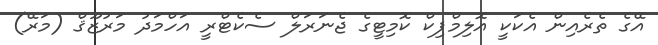
އޭގެ ތެރެއިން އެކަކީ އޮލިމްޕިކް ކޮމިޓީގެ ޖެނަރަލް ސެކެޓްރީ އަހްމަދު މަރުޒޫޤް (މަރޭ)